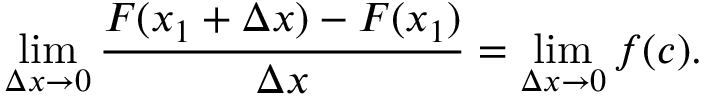
\operatorname* { l i m } _ { \Delta x \to 0 } { \frac { F ( x _ { 1 } + \Delta x ) - F ( x _ { 1 } ) } { \Delta x } } = \operatorname* { l i m } _ { \Delta x \to 0 } f ( c ) .